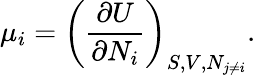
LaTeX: \mu_{i}=\left({\frac{\partial U}{\partial N_{i}}}\right)_{S,V,N_{j\neq i}}.